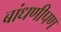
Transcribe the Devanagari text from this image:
बांधणीपण